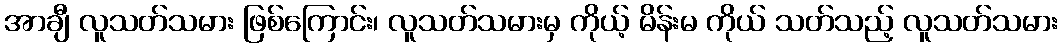
အာချီ လူသတ်သမား ဖြစ်ကြောင်း၊ လူသတ်သမားမှ ကိုယ့် မိန်းမ ကိုယ် သတ်သည့် လူသတ်သမား